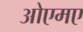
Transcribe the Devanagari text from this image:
ओएमए